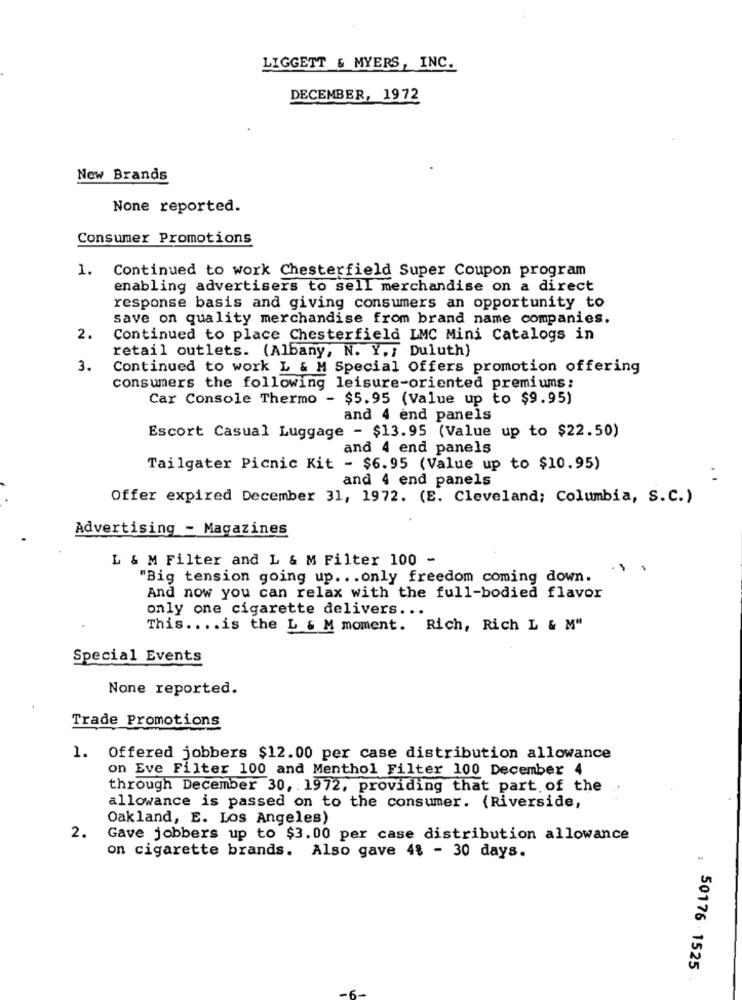
LIGGETT & MYERS, INC.
DECEMBER, 1972
New Brands
None reported.
Consumer Promotions
Continued to work Chesterfield Super Coupon program
1.
enabling advertisers to sell merchandise on a direct
response basis and giving consumers an opportunity to
save on quality merchandise from brand name companies.
2.
Continued to place Chesterfield LMC Mini Catalogs in
retail outlets. (Albany, N. Y .; Duluth)
3.
Continued to work L & M Special Offers promotion offering
consumers the following leisure-oriented premiums:
Car Console Thermo - $5.95 (Value up to $9.95)
and 4 end panels
Escort Casual Luggage - $13.95 (Value up to $22.50)
and 4 end panels
Tailgater Picnic Kit - $6.95 (Value up to $10.95)
and 4 end panels
..
Offer expired December 31, 1972. (E. Cleveland; Columbia, S.C.)
Advertising - Magazines
L & M Filter and L & M Filter 100 -
.. .
"Big tension going up ... only freedom coming down.
And now you can relax with the full-bodied flavor
only one cigarette delivers ...
This .... is the L & M moment. Rich, Rich L & M"
Special Events
None reported.
Trade Promotions
1. Offered jobbers $12.00 per case distribution allowance
on Eve Filter 100 and Menthol Filter 100 December 4
through December 30, 1972, providing that part of the
allowance is passed on to the consumer. (Riverside,
Oakland, E. Los Angeles)
2.
Gave jobbers up to $3.00 per case distribution allowance
on cigarette brands. Also gave 4% - 30 days.
50176 - 1525